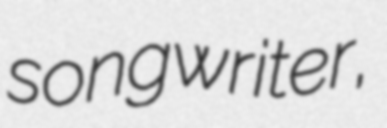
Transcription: songwriter,